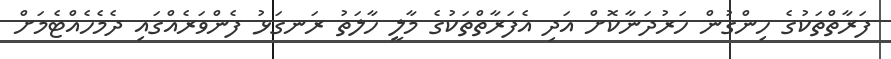
ފަރާތްތަކުގެ ހިންގުން ހަރުދަނާކޮށް އަދި އެފަރާތްތަކުގެ މާލީ ހާލަތު ރަނގަޅު ފެންވަރެއްގައި ދެމެހެއްޓެމަށް